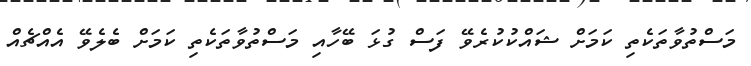
މަސްތުވާތަކެތި ކަމަށް ޝައްކުކުރެވޭ ފަސް ގުޅަ ބޭހާއި މަސްތުވާތަކެތި ކަމަށް ބެލެވޭ އެއްޗެއް